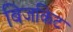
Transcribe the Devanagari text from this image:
बिजकिट